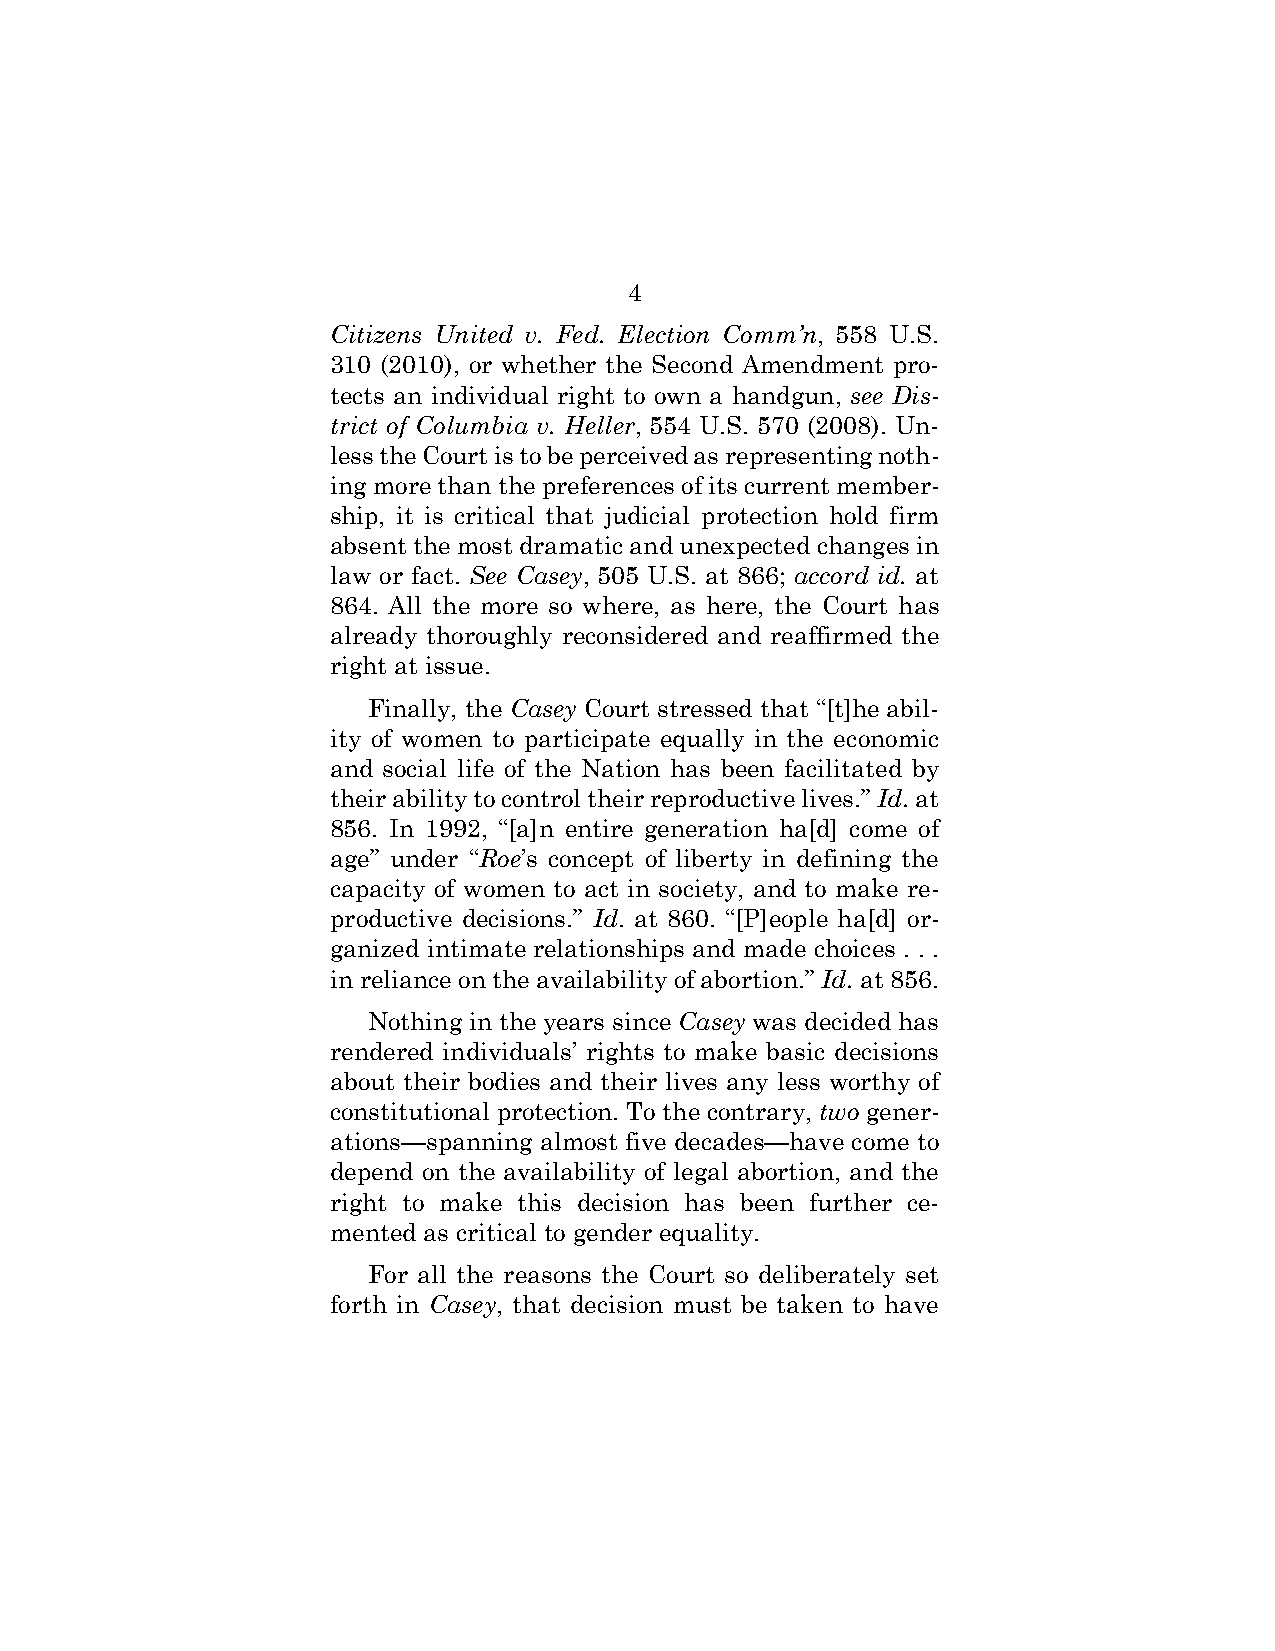
4
 Citizens United v. Fed. Election Comm’n, 558 U.S.
 310 (2010), or whether the Second Amendment pro-
 tects an individual right to own a handgun, see Dis-
 trict of Columbia v. Heller, 554 U.S. 570 (2008). Un-
 less the Court is to be perceived as representing noth-
 ing more than the preferences of its current member-
 ship, it is critical that judicial protection hold firm
 absent the most dramatic and unexpected changes in
 law or fact. See Casey, 505 U.S. at 866; accord id. at
 864. All the more so where, as here, the Court has
 already thoroughly reconsidered and reaffirmed the
 right at issue.
 Finally, the Casey Court stressed that “[t]he abil-
 ity of women to participate equally in the economic
 and social life of the Nation has been facilitated by
 their ability to control their reproductive lives.” Id. at
 856. In 1992, “[a]n entire generation ha[d] come of
 age” under “Roe’s concept of liberty in defining the
 capacity of women to act in society, and to make re-
 productive decisions.” Id. at 860. “[P]eople ha[d] or-
 ganized intimate relationships and made choices . . .
 in reliance on the availability of abortion.” Id. at 856.
 Nothing in the years since Casey was decided has
 rendered individuals’ rights to make basic decisions
 about their bodies and their lives any less worthy of
 constitutional protection. To the contrary, two gener-
 ations—spanning almost five decades—have come to
 depend on the availability of legal abortion, and the
 right to make this decision has been further ce-
 mented as critical to gender equality.
 For all the reasons the Court so deliberately set
 forth in Casey, that decision must be taken to have